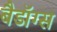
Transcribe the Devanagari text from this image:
बैडॉग्स